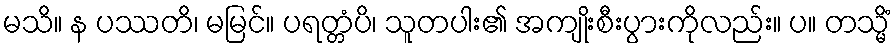
မသိ။ န ပဿတိ၊ မမြင်။ ပရတ္တံပိ၊ သူတပါး၏ အကျိုးစီးပွားကိုလည်း။ ပ။ တသ္မိံ